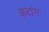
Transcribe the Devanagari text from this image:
कटांग